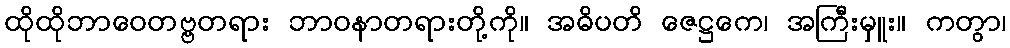
ထိုထိုဘာဝေတဗ္ဗတရား ဘာဝနာတရားတို့ကို။ အဓိပတိ ဇေဋ္ဌကေ၊ အကြီးမှူး။ ကတွာ၊